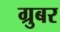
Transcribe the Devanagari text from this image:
ग्रुबर